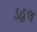
ડહલ